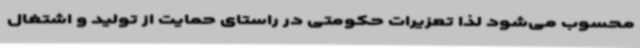
محسوب می‌شود لذا تعزیرات حکومتی در راستای حمایت از تولید و اشتغال